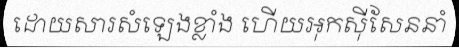
ដោយសារសំឡេងខ្លាំង ហើយអុកស៊ីសែននាំ